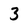
Character: 3